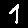
Digit: 1